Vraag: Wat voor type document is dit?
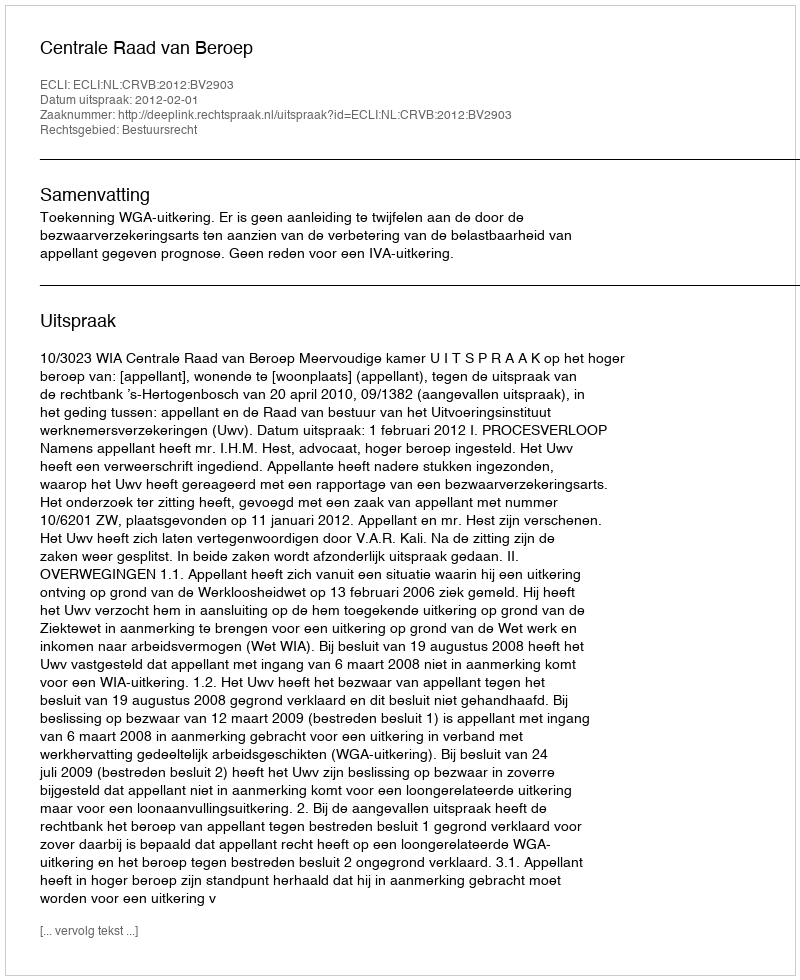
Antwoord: Uitspraak